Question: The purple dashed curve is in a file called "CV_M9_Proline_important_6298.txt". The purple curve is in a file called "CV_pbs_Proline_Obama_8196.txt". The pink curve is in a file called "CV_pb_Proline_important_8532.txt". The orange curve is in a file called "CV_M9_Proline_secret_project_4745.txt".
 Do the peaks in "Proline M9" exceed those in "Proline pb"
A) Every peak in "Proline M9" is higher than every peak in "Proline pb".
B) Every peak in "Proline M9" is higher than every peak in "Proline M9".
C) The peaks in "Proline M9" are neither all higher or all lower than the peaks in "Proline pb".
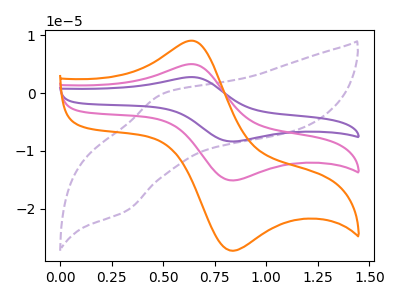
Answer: <think>The purple dashed curve "Proline M9" has an anodic peak at (0.50V, 0.00uA) and a cathodic peak at (0.30V, -20.40uA). The purple curve "Proline pbs" has an anodic peak at (0.65V, 10.05uA) and a cathodic peak at (0.85V, -30.25uA). The pink curve "Proline pb" has an anodic peak at (0.65V, 5.00uA) and a cathodic peak at (0.85V, -15.15uA). The orange curve "Proline M9" has an anodic peak at (0.65V, 9.05uA) and a cathodic peak at (0.85V, -27.30uA).</think>
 <answer>A) Every peak in "Proline M9" is higher than every peak in "Proline pb".</answer>
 <eval>A</eval>